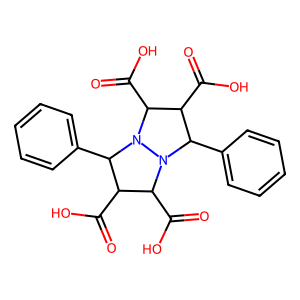
SMILES: O=C(O)C1C(C(=O)O)N2C(c3ccccc3)C(C(=O)O)C(C(=O)O)N2C1c1ccccc1
Inhibits HIV replication: No